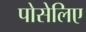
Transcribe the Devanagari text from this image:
पोसेलिए